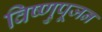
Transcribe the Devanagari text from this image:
विष्णुपूजन